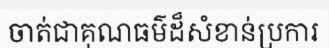
ចាត់ជាគុណធម៌ដ៏សំខាន់ប្រការ